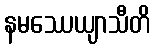
နမဿေယျာသီတိ